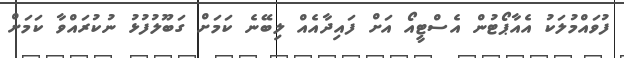
ފުވައްމުލަކު އެއާޕޯޓުން އެސްޓީއޯ އަށް ފައިދާއެއް ލިބޭނެ ކަމަށް ގަބޫލުފުޅު ނުކުރައްވާ ކަމަށް